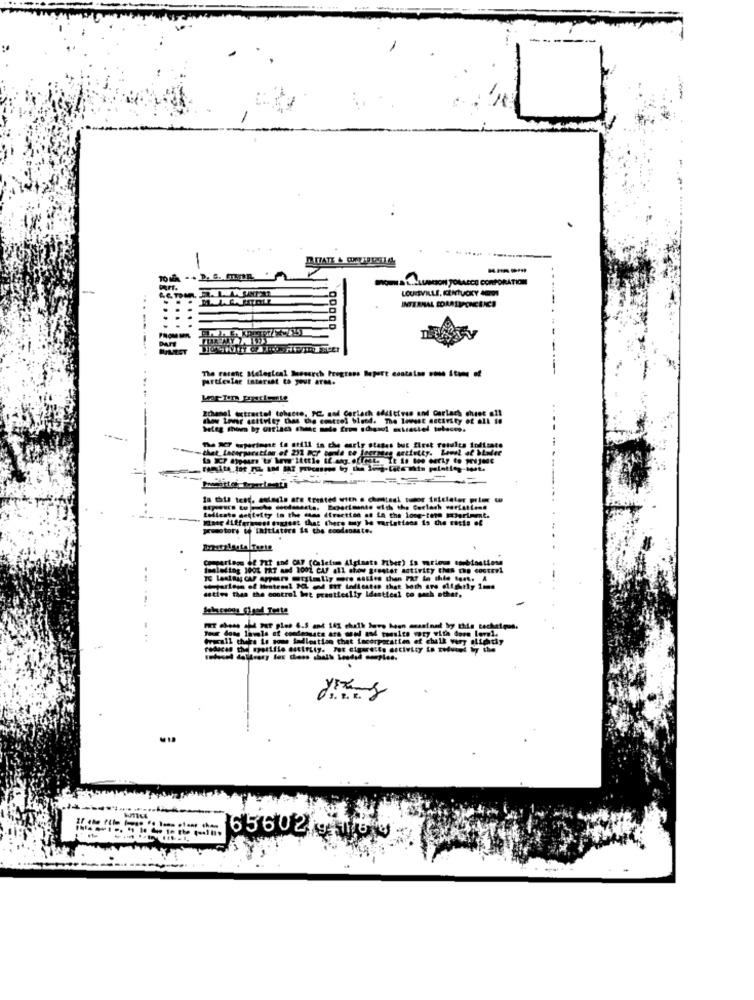
----
WALILLUSION POLACCO CORPORATION
RIT.
INTERNAL BORASUPONEBICS
DATE
-
The raranc Melegical Seesarch Progress Report contatos .ose Stoms of
particular interest to your arm.
....
zchung! extractel tohscte, PCL aod Certach additives and Carlach cheet ell
how Ler settvity Chas the emtrel bleed. The Invest decirity of all 18
beteg shown by arrises choc made from school mirestel tobacon.
The ME7 eurperinne to atill is che early stages but first rotules foliante
In this test. estedle are treated with a chettedi tumor iniciater prior
Mang ALffgrunnod oogjest that there may be variations is the costs of
tellesto seiteity in the stes direction of La the long-tere Herimmt.
promotore to initiateca is che condensate.
Comparings de Fat and CAF (Caletam Alginate Fiber) is mrious spebiostiese
Imaleding 1001 PKT and 1001 CA/ all show greater activity then the control
..
estive then the control Iet practically Identiesi co such other,
santariesa of Histrasl PL and Ett telesten that both are alightly 1ms
Cw-call there is some Sadlestian that incorporation of chell
65602